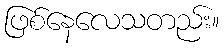
ဖြစ်နေလေသတည်း။